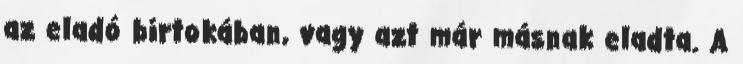
az eladó birtokában, vagy azt már másnak eladta. A